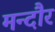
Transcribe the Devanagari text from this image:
मन्दौर